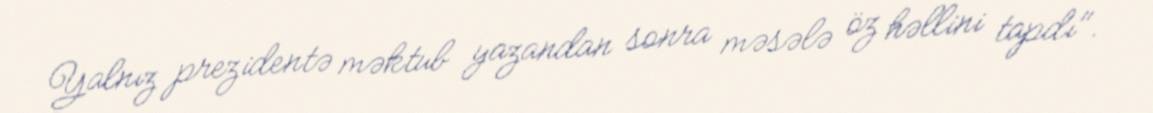
Yalnız prezidentə məktub yazandan sonra məsələ öz həllini tapdı".